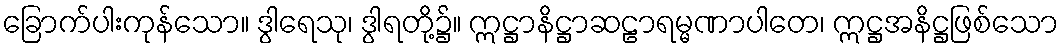
ခြောက်ပါးကုန်သော။ ဒွါရေသု၊ ဒွါရတို့၌။ ဣဋ္ဌာနိဋ္ဌာဆဠာရမ္မဏာပါတေ၊ ဣဋ္ဌအနိဋ္ဌဖြစ်သော